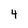
Character: 4